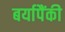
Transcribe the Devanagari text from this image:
बर्यापैंकी